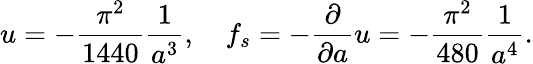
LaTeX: u=-{\frac{\pi^{2}}{1440}}{\frac{1}{a^{3}}},\quad f_{s}=-{\frac{\partial}{\partial a}}u=-{\frac{\pi^{2}}{480}}{\frac{1}{a^{4}}}.